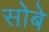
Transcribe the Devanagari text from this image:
सोबे